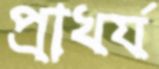
প্রাখর্য